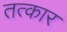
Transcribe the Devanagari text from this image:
तत्कार